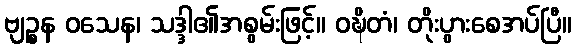
ဗျဉ္စန ဝသေန၊ သဒ္ဒါ၏အစွမ်းဖြင့်။ ဝဍ္ဎိတံ၊ တိုးပွားစေအပ်ပြီ။